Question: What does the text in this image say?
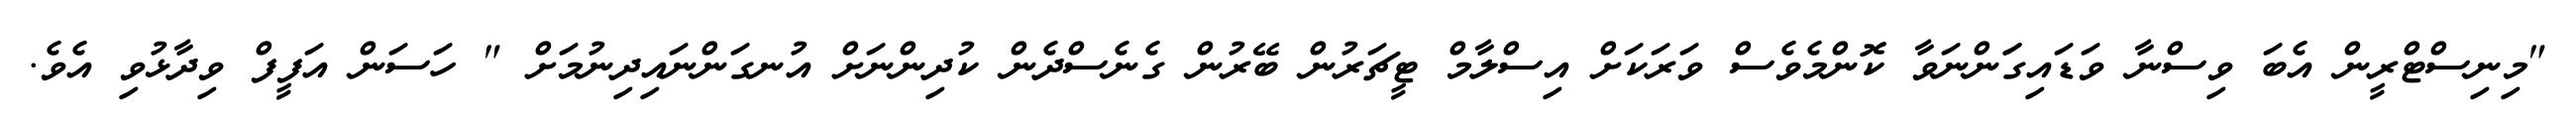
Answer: "މިނިސްޓްރީން އެބަ ވިސްނާ ވަޑައިގަަންނަވާ ކޮންމެވެސް ވަރަކަށް އިސްލާމް ޓީޗަރުން ބޭރުން ގެނެސްދެން ކުދިންނަށް އުނގަންނައިދިނުމަށް " ހަސަން އަފީފް ވިދާޅުވި އެވެ.